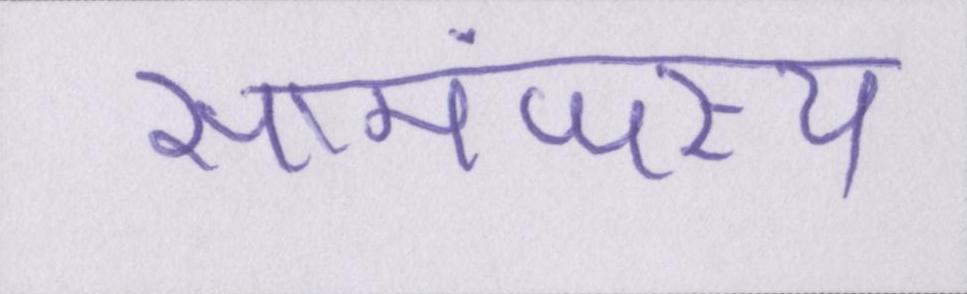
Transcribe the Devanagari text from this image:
सामंजस्य